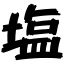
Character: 塩